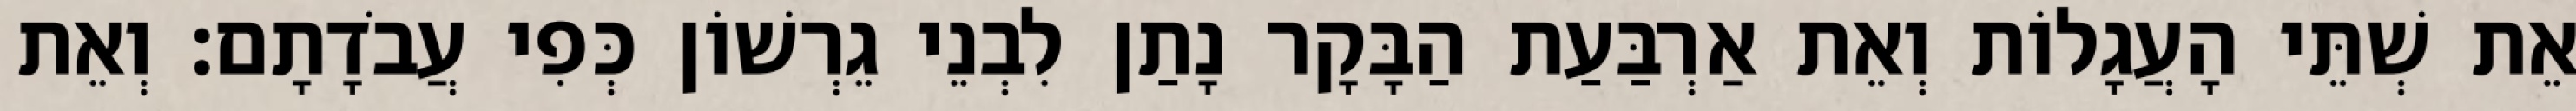
אֵת שְׁתֵּי הָעֲגָלוֹת וְאֵת אַרְבַּעַת הַבָּקָר נָתַן לִבְנֵי גֵרְשׁוֹן כְּפִי עֲבֹדָתָם׃ וְאֵת